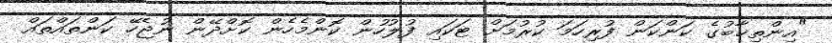
"އިންތިޚާބުގެ ކަންކަން ފުރިހަމަ ކުރުމަށް ޓަކައި ފުލުހުން ކޮންމެހެން ކޮށްދޭން ނުޖެހޭ ކަންތައްތައް